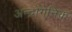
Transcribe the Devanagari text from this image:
अन्द्रोगेनिक